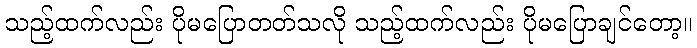
သည့်ထက်လည်း ပိုမပြောတတ်သလို သည့်ထက်လည်း ပိုမပြောချင်တော့။